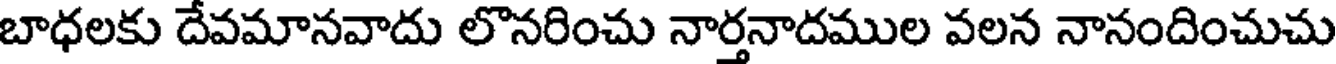
బాధలకు దేవమానవాదు లొనరించు నార్తనాదముల వలన నానందించుచు